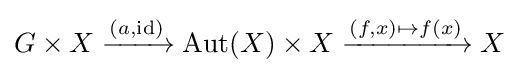
G\times X\xrightarrow {\left(a,{\text{id}}\right)} {\text{Aut}}(X)\times X\xrightarrow {(f,x)\mapsto f(x)} X